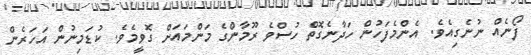
ފޯނެއް ނުނެގިއެވެ. އެންމެފަހުން ހަދާނެގޮތް ހުސްވެ ރޫމާންގެ މަންމައަށް ގޮވީމެވެ. ކުޑަމިނުން އަހަރެން